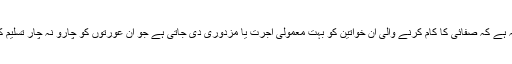
اس کی وجہ یہ ہے کہ صفائی کا کام کرنے والی ان خواتین کو بہت معمولی اجرت یا مزدوری دی جاتی ہے جو ان عورتوں کو چارو نہ چار تسلیم کرنا پڑتی ہے۔